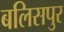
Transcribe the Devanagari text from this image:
बलिसपुर